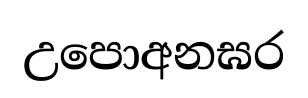
උපොඅනඝර